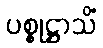
ပစ္စုဋ္ဌာသိံ